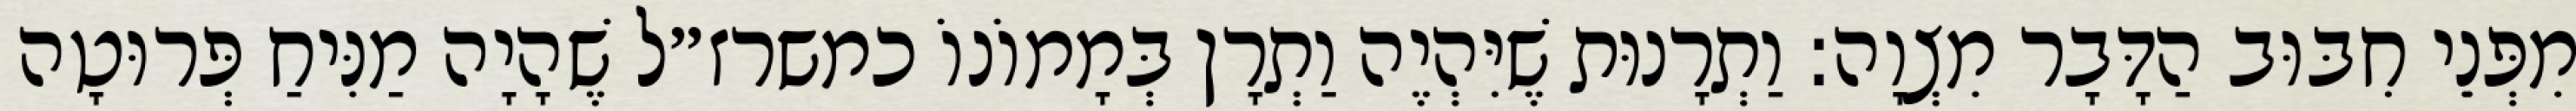
מִפְּנֵי חִבּוּב הַדָּבָר מִצְוָה: וַתְרָנוּת שֶׁיִּהְיֶה וַתְרָן בְּמָמוֹנוֹ כמשרז״ל שֶׁהָיָה מַנִּיחַ פְּרוּטָה